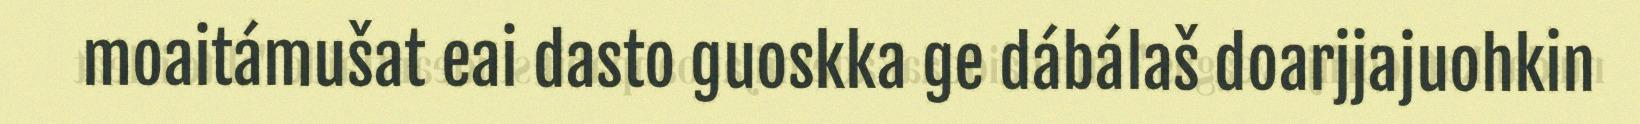
moaitámušat eai dasto guoskka ge dábálaš doarjjajuohkin